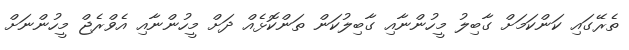
ތެރޭގައި ކަންކަމަށް ގާބިލު މީހުންނާއި ގާބިލުކަން ތަންކޮޅެއް ދަށް މީހުންނާއި އެވްރެޖް މީހުންނަށް